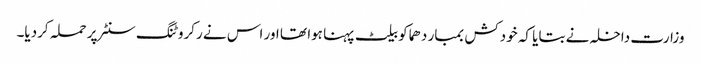
وزارت داخلہ نے بتایا کہ خودکش بمبار دھماکو بیلٹ پہنا ہوا تھا اور اس نے رکروٹنگ سنٹر پر حملہ کردیا۔